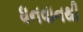
ધનવાનથી